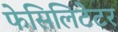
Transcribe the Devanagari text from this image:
फेसिलिटेटर